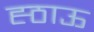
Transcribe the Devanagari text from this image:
ह्ठाऊ